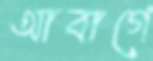
আবাগে